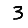
Digit: 3